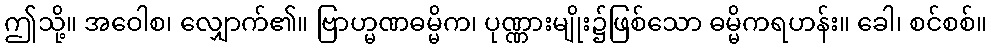
ဤသို့။ အဝေါစ၊ လျှောက်၏။ ဗြာဟ္မဏဓမ္မိက၊ ပုဏ္ဏားမျိုး၌ဖြစ်သော ဓမ္မိကရဟန်း။ ခေါ၊ စင်စစ်။